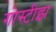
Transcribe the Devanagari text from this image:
गोस्टीझ